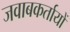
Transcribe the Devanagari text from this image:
जवाबकर्तायों